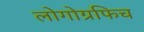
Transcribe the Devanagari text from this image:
लोगोग्रफिच